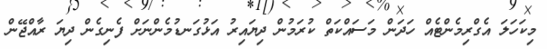
މިކަހަލަ އެގްރިމެންޓެއް ހަދަން މަސައްކަތް ކުރަމުން ދިޔައިރު އަޅުގަނޑުމެންނަށް ފެނިގެން ދިޔަ ރާއްޖޭން